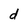
Character: d